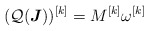
\begin{align*}(\mathcal Q (\boldsymbol J))^{[k]}=M^{[k]}\omega^{[k]}\end{align*}